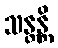
သန္တန္တိ